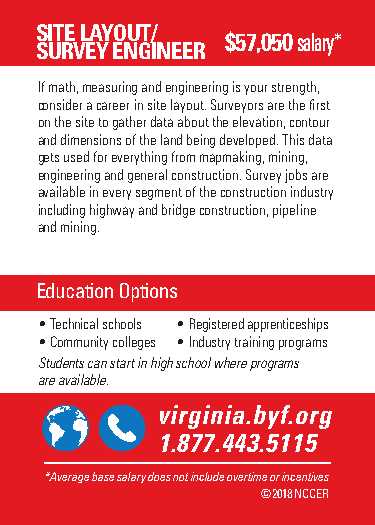
SITE LAYOUT/
 $57,050 salary*
 SURVEY ENGINEER
 If math, measuring and engineering is your strength,
 consider a career in site layout. Surveyors are the first
 on the site to gather data about the elevation, contour
 and dimensions of the land being developed. This data
 gets used for everything from mapmaking, mining,
 engineering and general construction. Survey jobs are
 available in every segment of the construction industry
 including highway and bridge construction, pipeline
 and mining.
 Education Options
 • Technical schools • Registered apprenticeships
 • Community colleges • Industry training programs
 Students can start in high school where programs
 are available.
 @viBrugiildnYioau.brFyuft.uorreg
 B1u.i8ld7Y7o.u4r4Fu3t.u5r1e.1o5rg
 **AAvveeraraggee b baassee s saalalaryry d dooeess n noot ti ninccluluddee o ovveertritmimee o or ri nincceenntitviveess
 ©©22001178 N NCCCCEERR